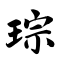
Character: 琮